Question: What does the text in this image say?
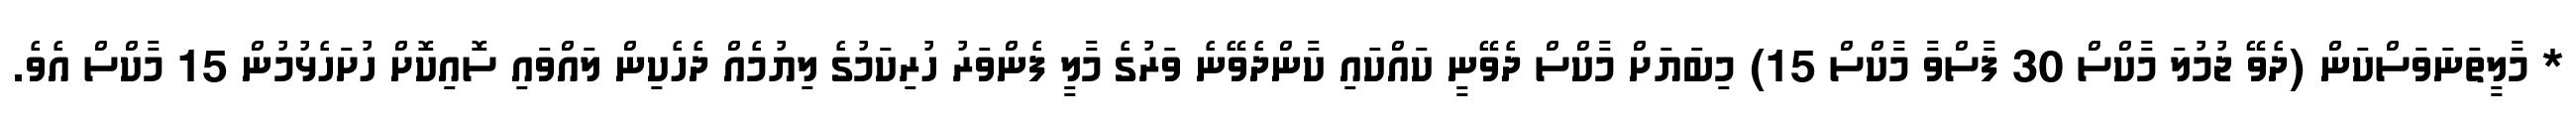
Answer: * މާލީތަނަވަސްކަން (ދެވޭ ޖުމުލަ މާކްސް 30 ފާސްވާ މާކްސް 15) މިބަޔަށް މާކްސް ދެވޭނީ ކައްކައި ކާންދެވޭނެ ވަރުގެ މާލީ ފެންވަރު ހުރިކަމުގެ ލިޔުމެއް ދެހެކިން ލައްވައި ސޮއިކޮށް ހުށަހެޅުމުން 15 މާކްސް އެވެ.